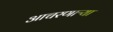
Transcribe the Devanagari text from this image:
आचरणाऱ्या